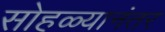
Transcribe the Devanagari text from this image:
सोहळ्यानंतर